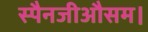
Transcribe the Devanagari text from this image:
स्पैनजीऔसम।